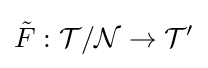
{\tilde {F}}:{\mathcal {T}}/{\mathcal {N}}\to {\mathcal {T}}'